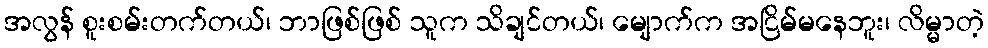
အလွန် စူးစမ်းတက်တယ်၊ ဘာဖြစ်ဖြစ် သူက သိချင်တယ်၊ မျောက်က အငြိမ်မနေဘူး၊ လိမ္မာတဲ့